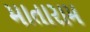
માતારામ